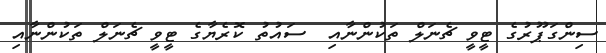
ސިންގަޕޫރުގެ ޓީވީ ޗެނަލް ތަކުންނާއި  ސައުތު ކޮރެޔާގެ ޓީވީ ޗެނަލް ތަކުންނާއި